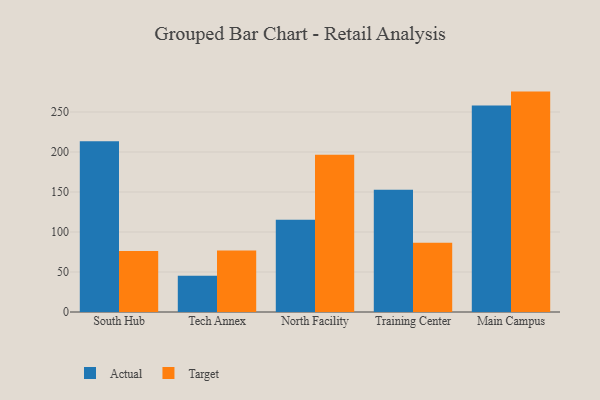
{"axis": {"x": "Campus", "y": "Temperature (°C)"}, "legend": ["Actual", "Target"], "data": [{"x": "South Hub", "y": 213.4, "type": "Actual"}, {"x": "South Hub", "y": 76.3, "type": "Target"}, {"x": "Tech Annex", "y": 45.4, "type": "Actual"}, {"x": "Tech Annex", "y": 77.0, "type": "Target"}, {"x": "North Facility", "y": 115.4, "type": "Actual"}, {"x": "North Facility", "y": 196.7, "type": "Target"}, {"x": "Training Center", "y": 152.8, "type": "Actual"}, {"x": "Training Center", "y": 86.6, "type": "Target"}, {"x": "Main Campus", "y": 258.1, "type": "Actual"}, {"x": "Main Campus", "y": 275.5, "type": "Target"}]}